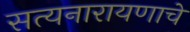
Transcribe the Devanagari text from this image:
सत्यनारायणाचे